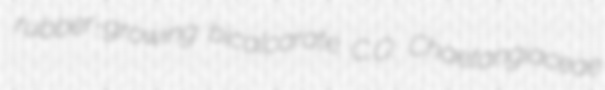
rubber-growing bicalcarate C.O. Chaetangiaceae